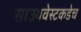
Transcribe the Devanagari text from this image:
साउथवेस्टकडेच